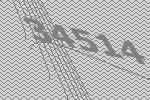
34514